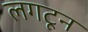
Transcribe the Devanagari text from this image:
लगटून